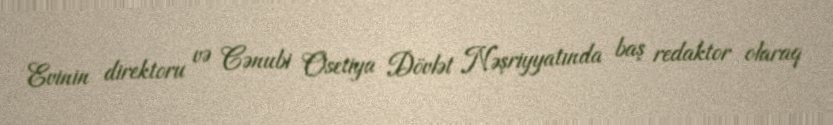
Evinin direktoru və Cənubi Osetiya Dövlət Nəşriyyatında baş redaktor olaraq